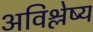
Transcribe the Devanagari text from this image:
अविश्लेष्य